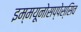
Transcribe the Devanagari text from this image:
इम्मयूनोसप्पेस्सिव